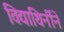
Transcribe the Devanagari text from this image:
विद्याथिर्नीने